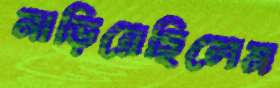
নাড়িয়েছিলেম